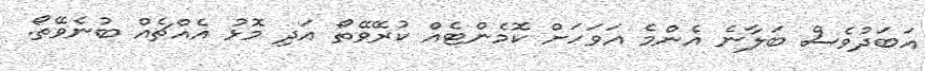
އަބަދުވެސް ބަލާނެ އެންމެ އަވަހަށް ކޮމެންޓެއް ކުރޭވޭތޯ އަދި މޮޅު އެއްޗެއް ބުނެވޭތޯ.